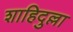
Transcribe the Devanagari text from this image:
शाहिदुल्ला